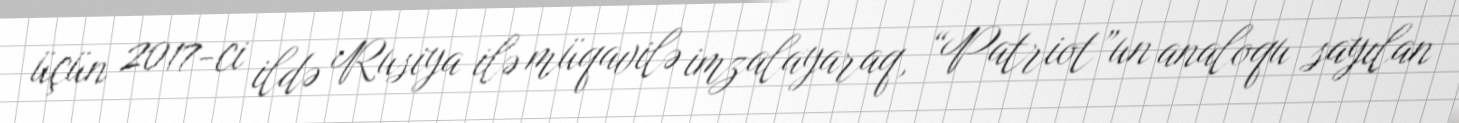
üçün 2017-ci ildə Rusiya ilə müqavilə imzalayaraq, “Patriot”un analoqu sayılan